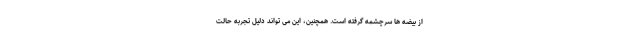
از بیضه ها سرچشمه گرفته است. همچنین، این می تواند دلیل تجربه حالت